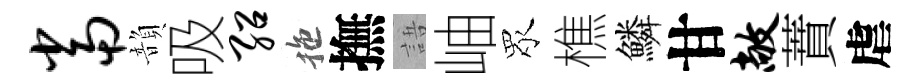
当韻吸绍拖撫語岫眾樵鱗甘敞蕡虐